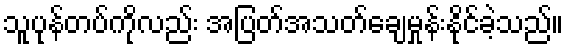
သူပုန်တပ်ကိုလည်း အပြတ်အသတ်ချေမှုန်းနိုင်ခဲ့သည်။